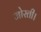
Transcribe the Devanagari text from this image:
जोरती।